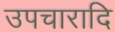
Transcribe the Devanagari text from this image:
उपचारादि